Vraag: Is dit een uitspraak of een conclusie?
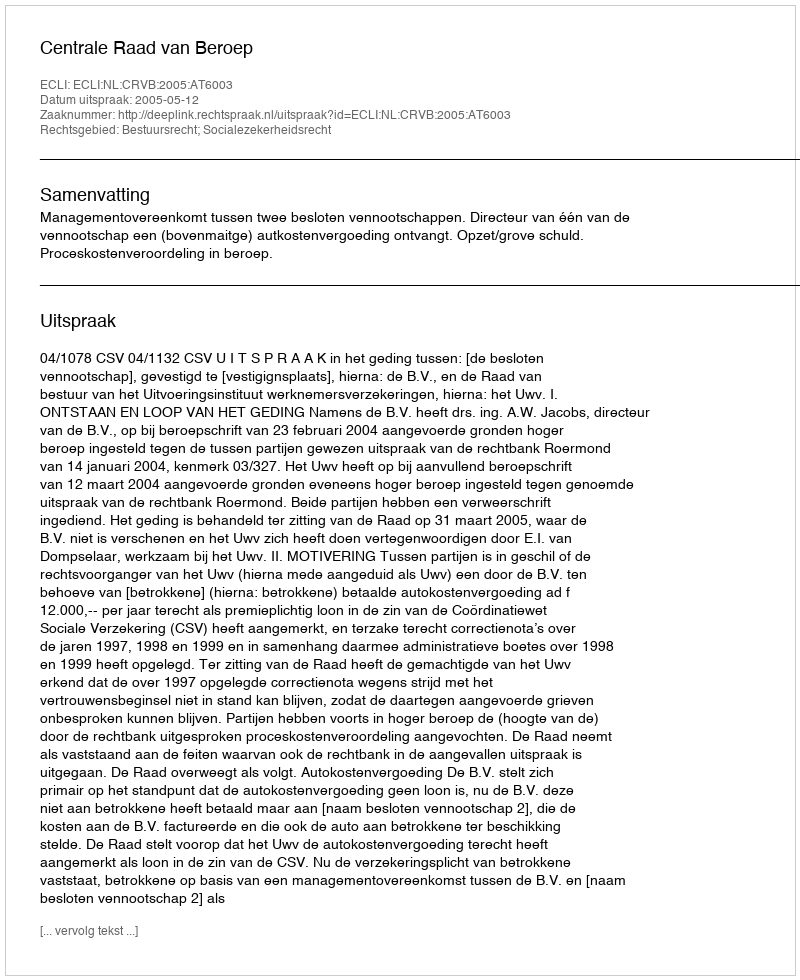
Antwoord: Uitspraak